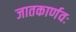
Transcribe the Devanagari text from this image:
जातकार्णवः